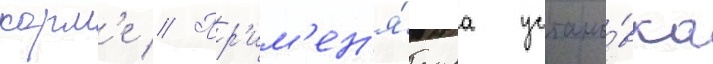
корм'е // Пр'им'ен'я́емаа устано́вка